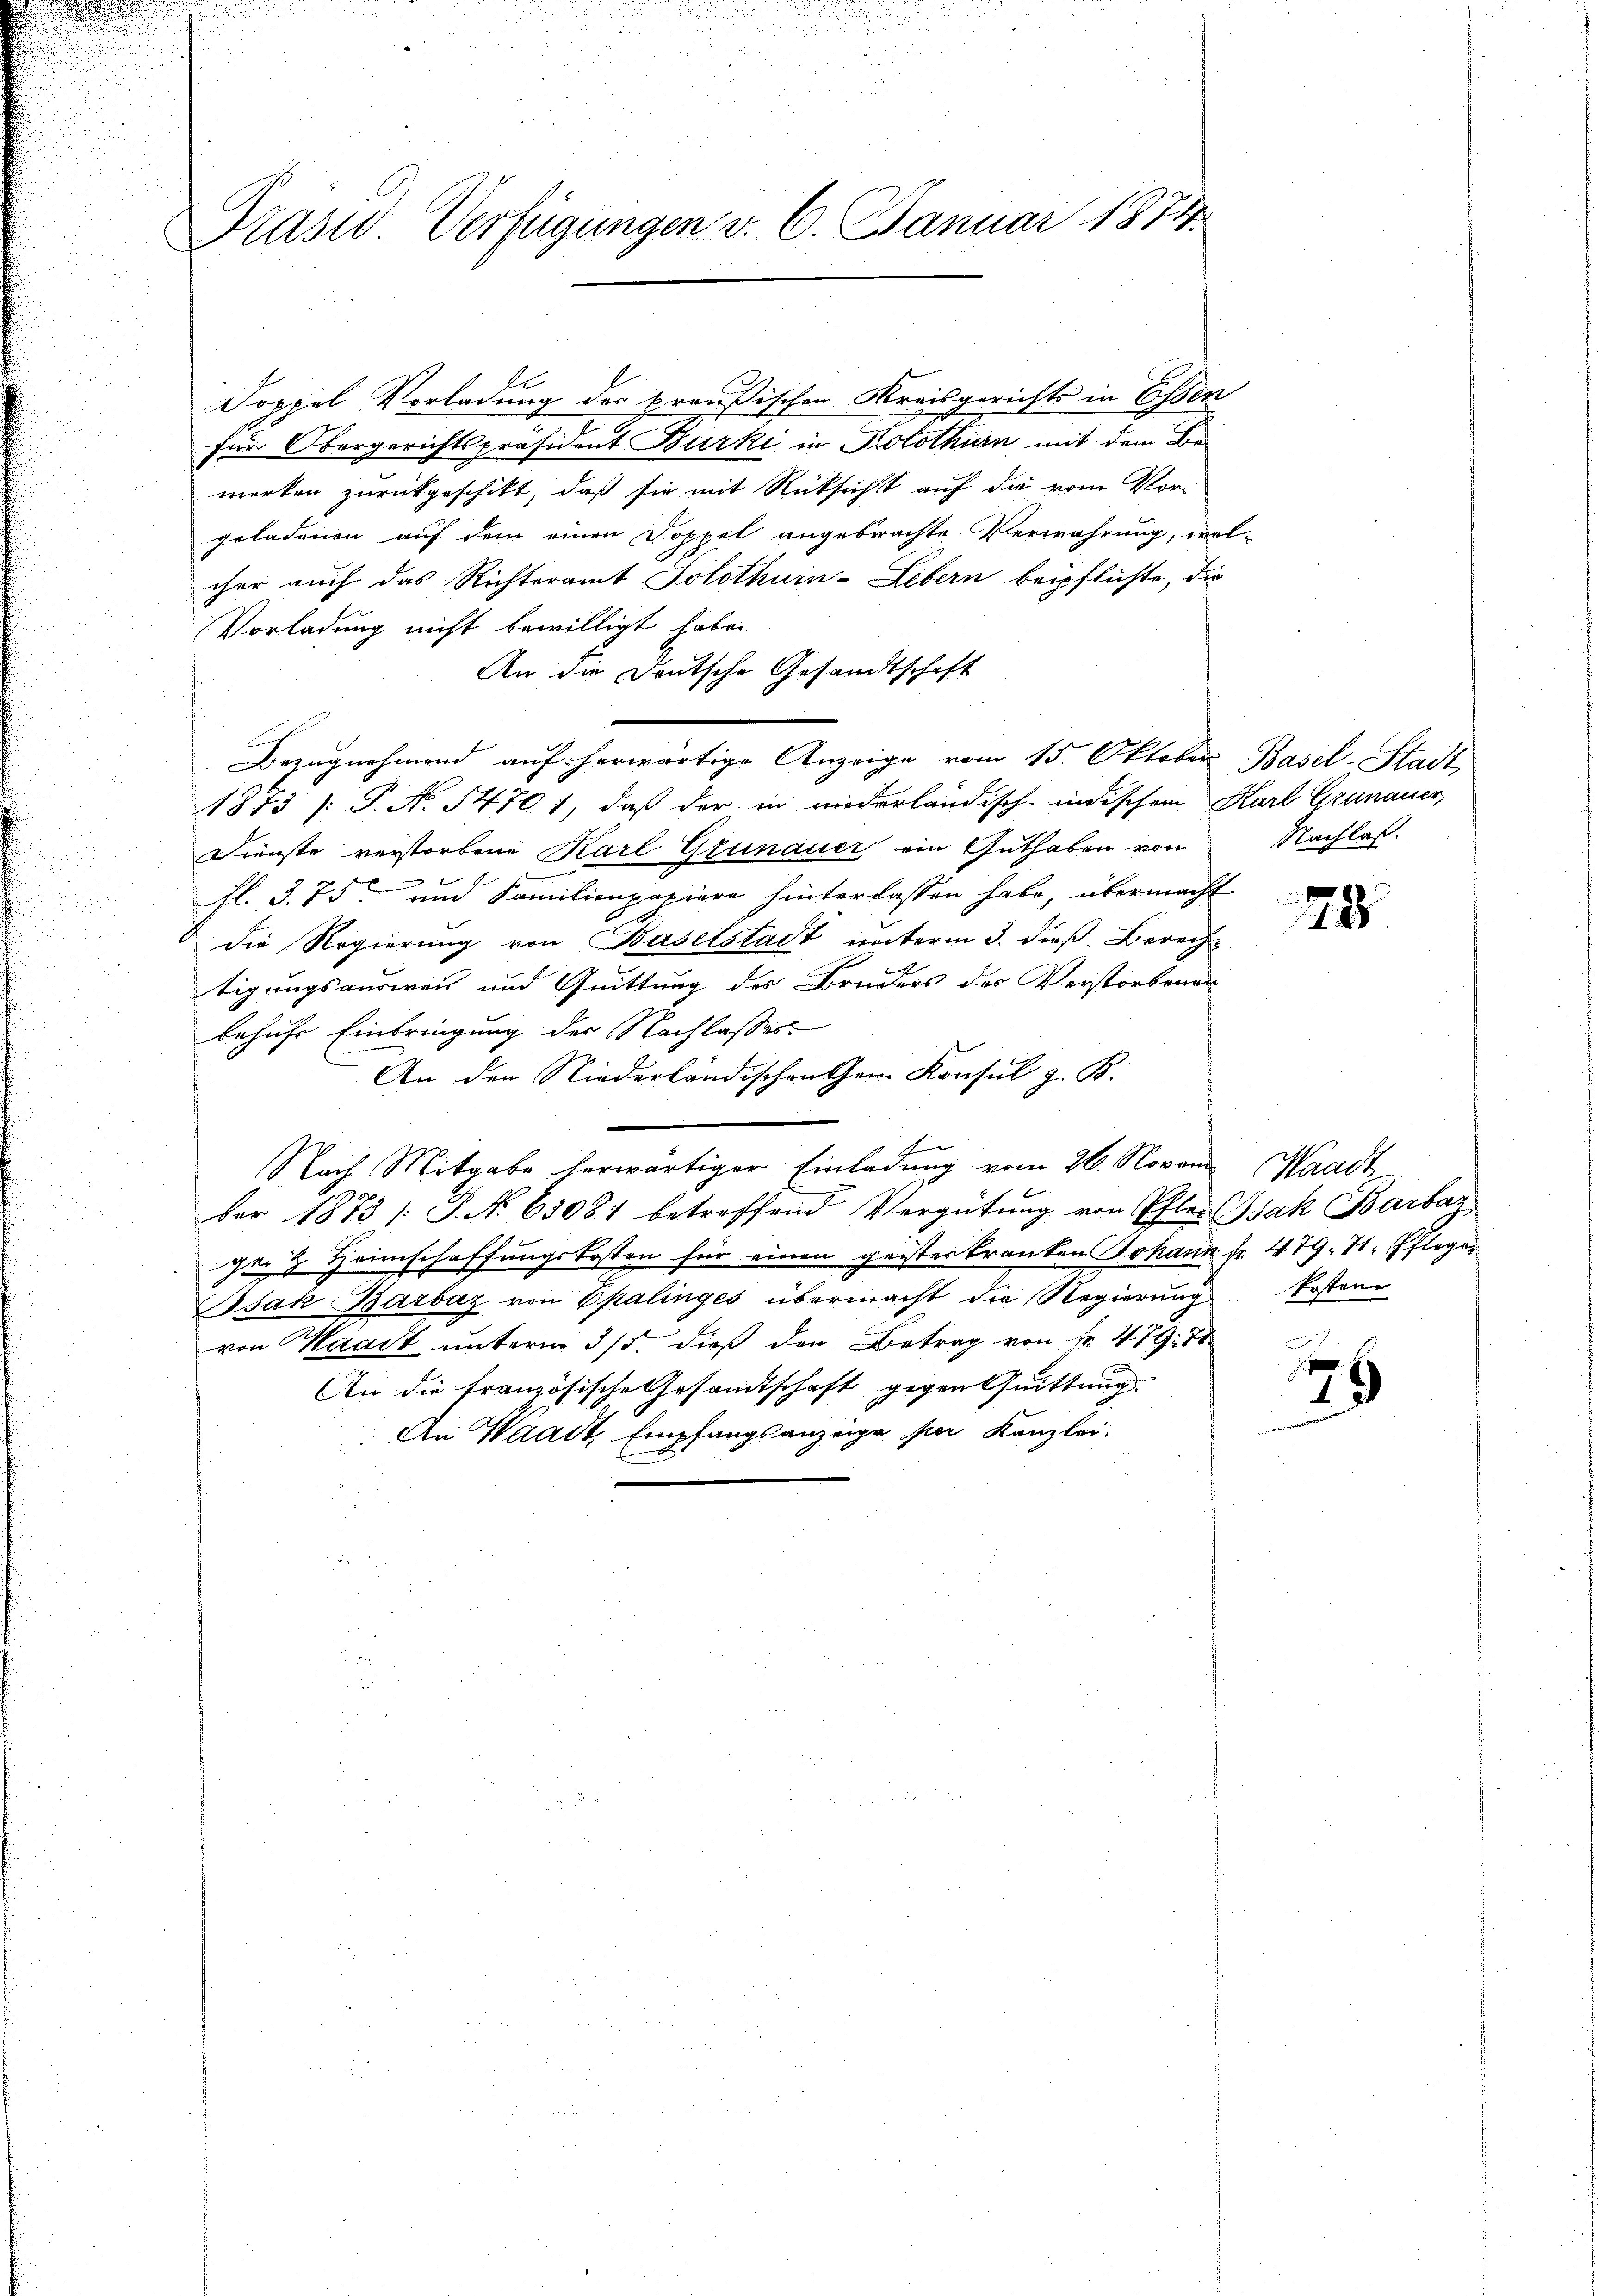
Präsid. Verfügungen v. 6. Januar 1874

fl
Poppel Vorladung des preußischen Kreisgerichts in Essen
für Obergerichtspräsident Burki in Prolothurn mit dem Be-
merken zurückgeschikt, daß sie mit Rücksicht auf die vom Vorgeladenen auf dem einen Doppel angebrachte Verwahrung, wel-
cher auch das Richteramt Solothurn-Lebern beipflichte, die
Vorladung nicht bewilligt habe.
An die Deutsche Gesandtschaft
Bezugnahmend auf herwärtige Anzeige vom 15. Oktober Basel-Stadt
1873 (: P. No. 1470. 1, daß der in niederländisch-indischem Karl Grünauer
Dienste verstorbene Karl Grünauer ein Guthaben von Nachlaß.
fl. 3. 75 und Familienpapiere hinterlassen habe, übermacht-
die Regierung von Baselstadt unterm 3. dieß Berech
tigungsausweis und Quittung des Bruders des Verstorbenan
behufs Einbringung der Nachlasses
An den Niederländischen Ger. Konsul z. B.
Nach Mitgabe herwärtiger Einladung vom 26. Novon Waadt
ber 1873 /: P. Nr. 63081 betreffend Vergütŭng von Pfler Isak Barbar
ger & Heimschaffungskosten für einen geistes kranken Johann fr. 479. 11. Pflege
Isak Barbar von Epalinges übermacht die Regierung kostenvon Waadt unterm 3/5. dieß den Betrag von Fr. 479. 71
An die französische Gesamtschaft gegen Quittung.
An Waadt, Empfangsanzeige per Kanzlei-

78

.
d